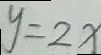
y = 2 x